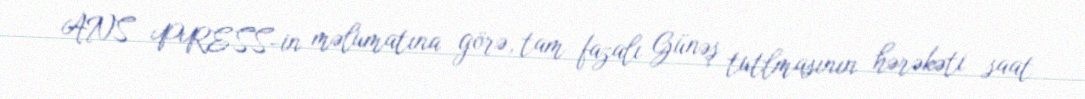
ANS PRESS-in məlumatına görə, tam fazalı Günəş tutlmasının hərəkəti saat